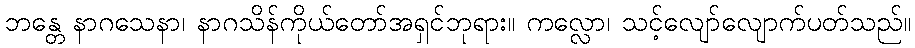
ဘန္တေ နာဂသေနာ၊ နာဂသိန်ကိုယ်တော်အရှင်ဘုရား။ ကလ္လော၊ သင့်လျော်လျောက်ပတ်သည်။